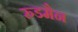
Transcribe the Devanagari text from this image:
रुडमैन